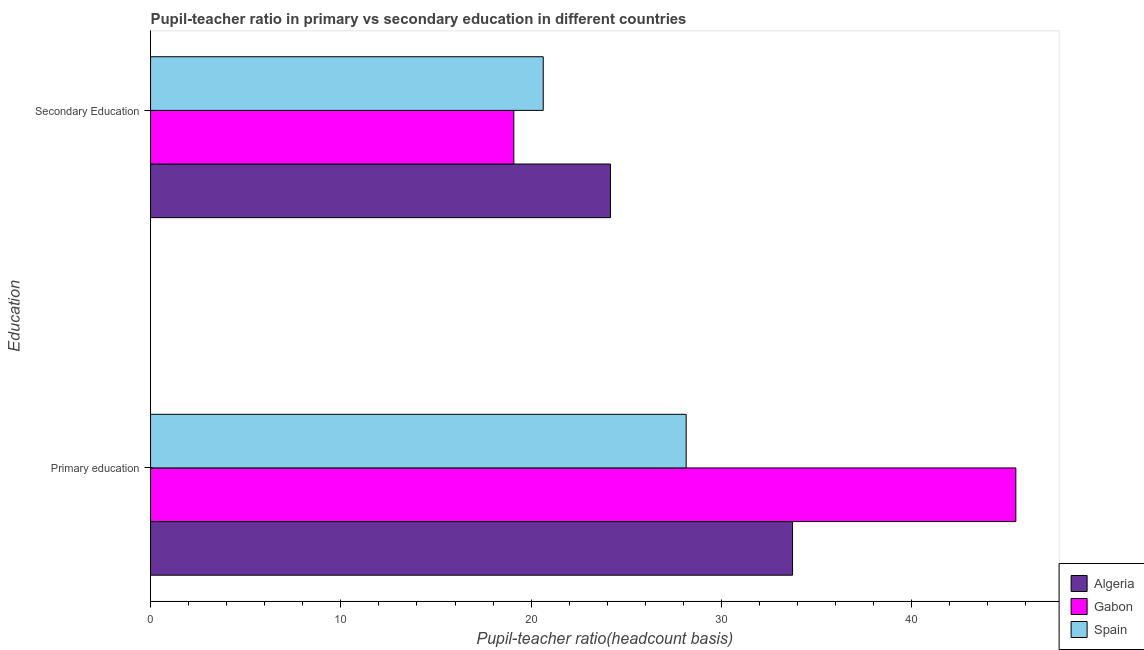
| Education | Algeria | Gabon | Spain |
 | --- | --- | --- | --- |
 | Primary education | 33.7 | 45.5 | 28.2 |
 | Secondary Education | 24.2 | 19.1 | 20.6 |